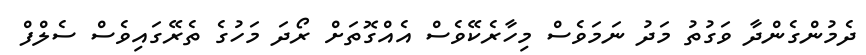
ދެމުންގެންދާ ވަގުތު މަދު ނަމަވެސް މިހާރެކޭވެސް އެއްގޮތަށް ރޯދަ މަހުގެ ތެރޭގައިވެސް ސެލްފް